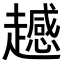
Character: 𧾔